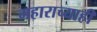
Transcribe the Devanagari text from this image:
महाराच्याही